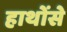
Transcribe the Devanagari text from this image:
हाथोंसे